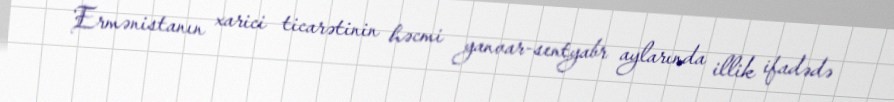
Ermənistanın xarici ticarətinin həcmi yanvar-sentyabr aylarında illik ifadədə